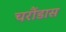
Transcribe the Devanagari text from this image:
चरौंडास